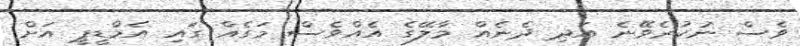
ވެސް ނުކުރެވޭނެ އަދި ދެނެއް މާލޭގެ އެއްވެސް މަގެއް ގައި އެމްޑީޕީ އަށް